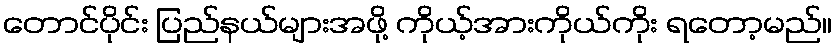
တောင်ပိုင်း ပြည်နယ်များအဖို့ ကိုယ့်အားကိုယ်ကိုး ရတော့မည်။